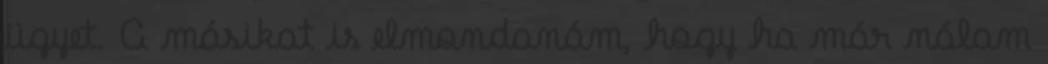
ügyet. A másikat is elmondanám, hogy ha már nálam